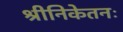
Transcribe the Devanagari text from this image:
श्रीनिकेतनः